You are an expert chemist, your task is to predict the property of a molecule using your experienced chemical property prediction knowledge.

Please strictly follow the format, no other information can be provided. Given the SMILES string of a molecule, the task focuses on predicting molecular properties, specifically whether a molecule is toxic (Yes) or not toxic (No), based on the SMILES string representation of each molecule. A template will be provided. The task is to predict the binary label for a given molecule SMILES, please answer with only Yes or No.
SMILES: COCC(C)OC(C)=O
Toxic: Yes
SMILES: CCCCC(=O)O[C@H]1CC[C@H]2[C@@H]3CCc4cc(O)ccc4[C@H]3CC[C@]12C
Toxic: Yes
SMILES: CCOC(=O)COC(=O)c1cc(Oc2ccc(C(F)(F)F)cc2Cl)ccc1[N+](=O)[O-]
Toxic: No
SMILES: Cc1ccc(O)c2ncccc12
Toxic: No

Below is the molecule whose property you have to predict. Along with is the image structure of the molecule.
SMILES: Cc1cc(CC(=O)[O-])n(C)c1C(=O)c1ccc(Cl)cc1
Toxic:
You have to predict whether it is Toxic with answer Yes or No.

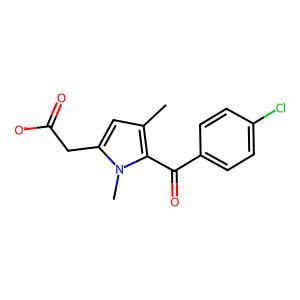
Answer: Yes